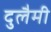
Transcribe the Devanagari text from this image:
दुलैमी